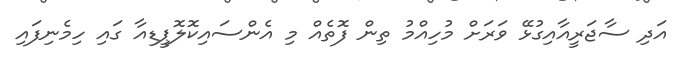
އަދި ސާޖަރީއާއިގުޅޭ ވަރަށް މުހިއްމު ތިން ފޮތެއް މި އެންސައިކޮލޮޕީޑިއާ ގައި ހިމެނިފައި